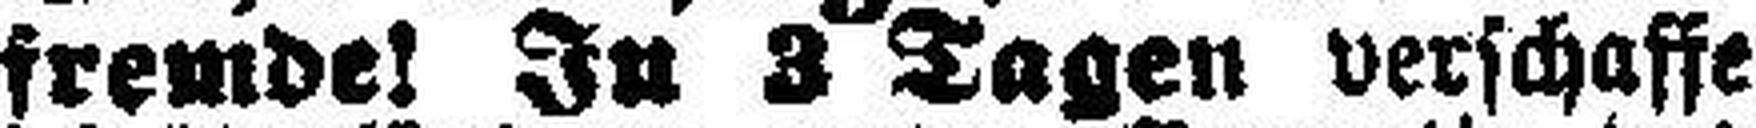
fremde! In 3 Tagen verschaffe